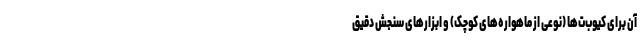
آن برای کیوب‌ت‌ها (نوعی از ماهواره‌های کوچک) و ابزارهای سنجش دقیق